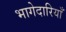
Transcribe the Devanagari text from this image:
भागेदारियाँ